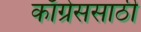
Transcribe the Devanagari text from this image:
काँग्रेससाठी